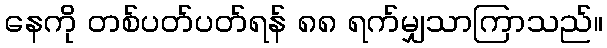
နေကို တစ်ပတ်ပတ်ရန် ၈၈ ရက်မျှသာကြာသည်။